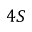
4 S